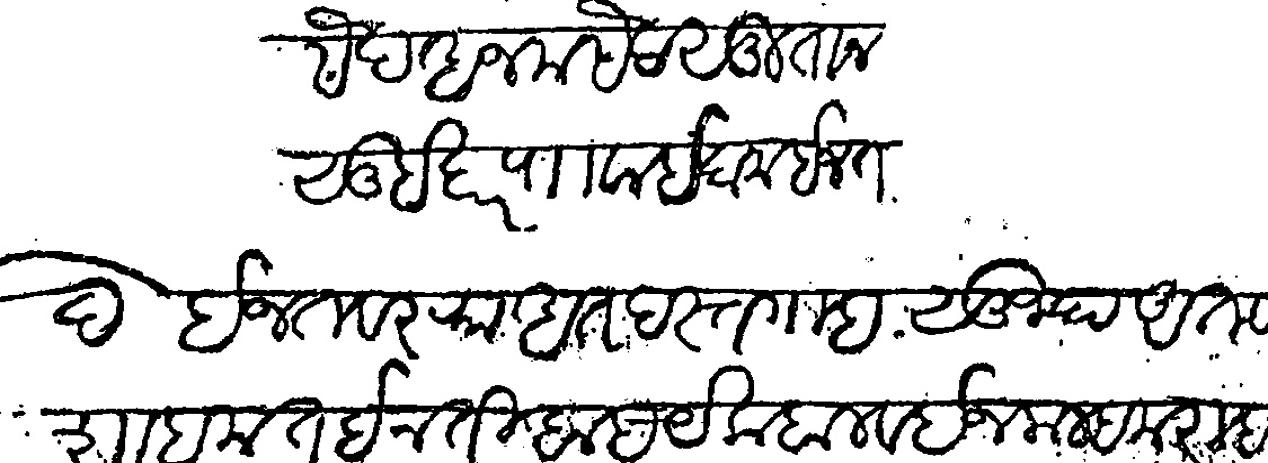
Transliteration (Devanagari): दकार सैद अजम सैद सुलतान सुबेदार पाा वाई दाम इजत ईजत व रफाअत दस्तगाह सुज्याअत व शाहमत ईजती बाद येकबल व इजमल हमराह